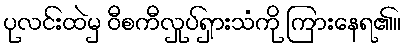
ပုလင်းထဲမှ ဝီစကီလှုပ်ရှားသံကို ကြားနေရ၏။